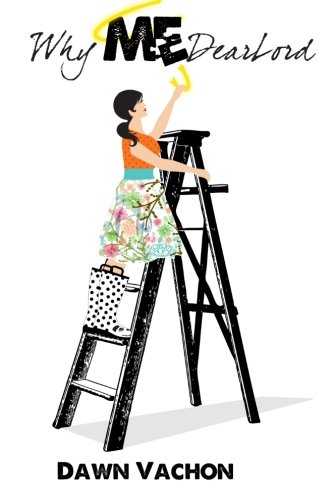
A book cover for whymedearlord?; Dawn Vachon; Literature & Fiction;